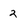
Character: 2